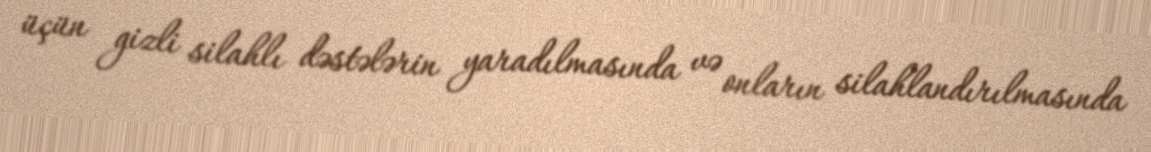
üçün gizli silahlı dəstələrin yaradılmasında və onların silahlandırılmasında